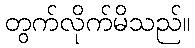
တွက်လိုက်မိသည်။